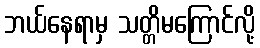
ဘယ်နေရာမှ သတ္တိမကြောင်လို့